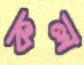
কল